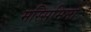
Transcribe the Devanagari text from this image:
मस्सिमिनो